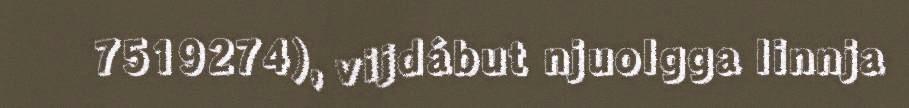
7519274), vijdábut njuolgga linnja